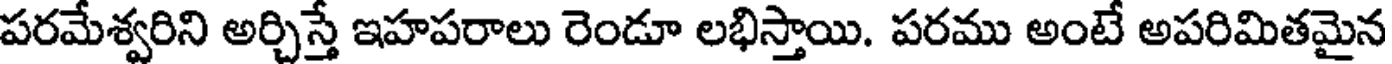
పరమేశ్వరిని అర్చిస్తే ఇహపరాలు రెండూ లభిస్తాయి. పరము అంటే అపరిమితమైన